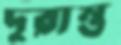
দূরান্ত